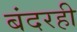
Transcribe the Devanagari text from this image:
बंदरही